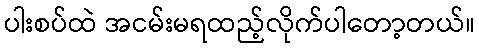
ပါးစပ်ထဲ အငမ်းမရထည့်လိုက်ပါတော့တယ်။